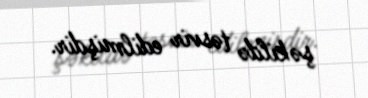
şəkildə təsvir edilmişdir.